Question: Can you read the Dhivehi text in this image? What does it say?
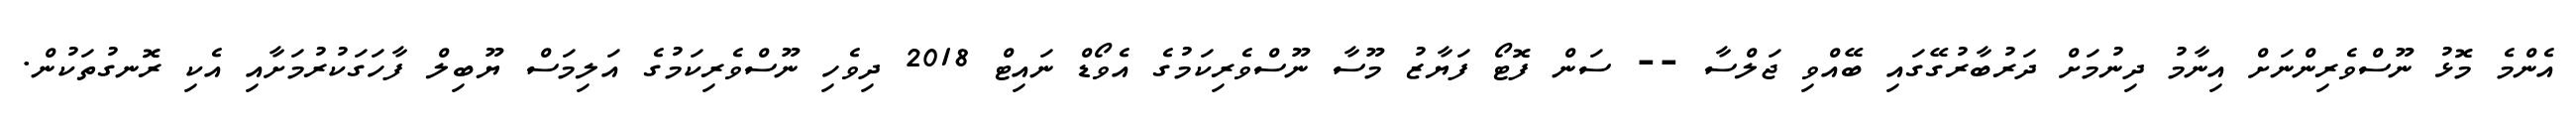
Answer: އެންމެ މޮޅު ނޫސްވެރިންނަށް އިނާމު ދިނުމަށް ދަރުބާރުގޭގައި ބޭއްވި ޖަލްސާ -- ސަން ފޮޓޯ ފަޔާޒު މޫސާ ނޫސްވެރިކަމުގެ އެވޯޑް ނައިޓް 2018 ދިވެހި ނޫސްވެރިކަމުގެ އަލިމަސް ޔޫބިލް ފާހަގަކުރުމަށާއި އެކި ރޮނގުތަކުން.